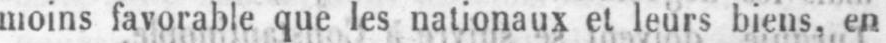
moins favorable que les nationaux et leurs biens, en